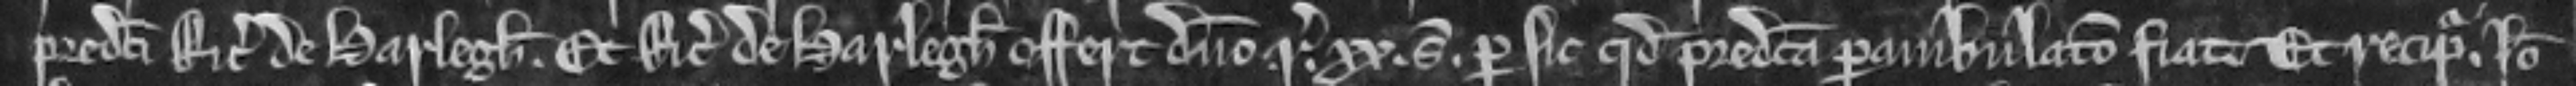
predicti Ricardi de Harlegh. Et Ricardus de Harlegh offert domino regi xx solidos per sic quod predicta perambulacio fiat. Et recipitur. Ideo